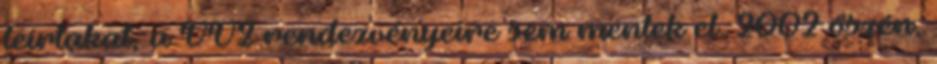
leírtakat, a VV2 rendezvényeire sem mentek el. 2002 őszén,